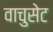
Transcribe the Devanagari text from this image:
वाचुसेट